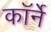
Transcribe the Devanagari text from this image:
कॉर्ने